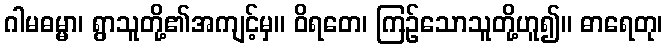
ဂါမဓမ္မာ၊ ရွာသူတို့၏အကျင့်မှ။ ဝိရတေ၊ ကြဉ်သောသူတို့ဟူ၍။ ဓာရေတု၊